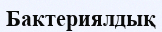
Бактериялдық